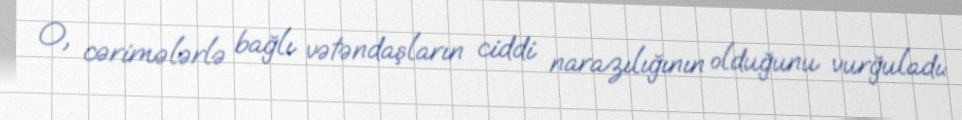
O, cərimələrlə bağlı vətəndaşların ciddi narazılığının olduğunu vurğuladı: